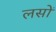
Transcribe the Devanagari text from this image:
लसों